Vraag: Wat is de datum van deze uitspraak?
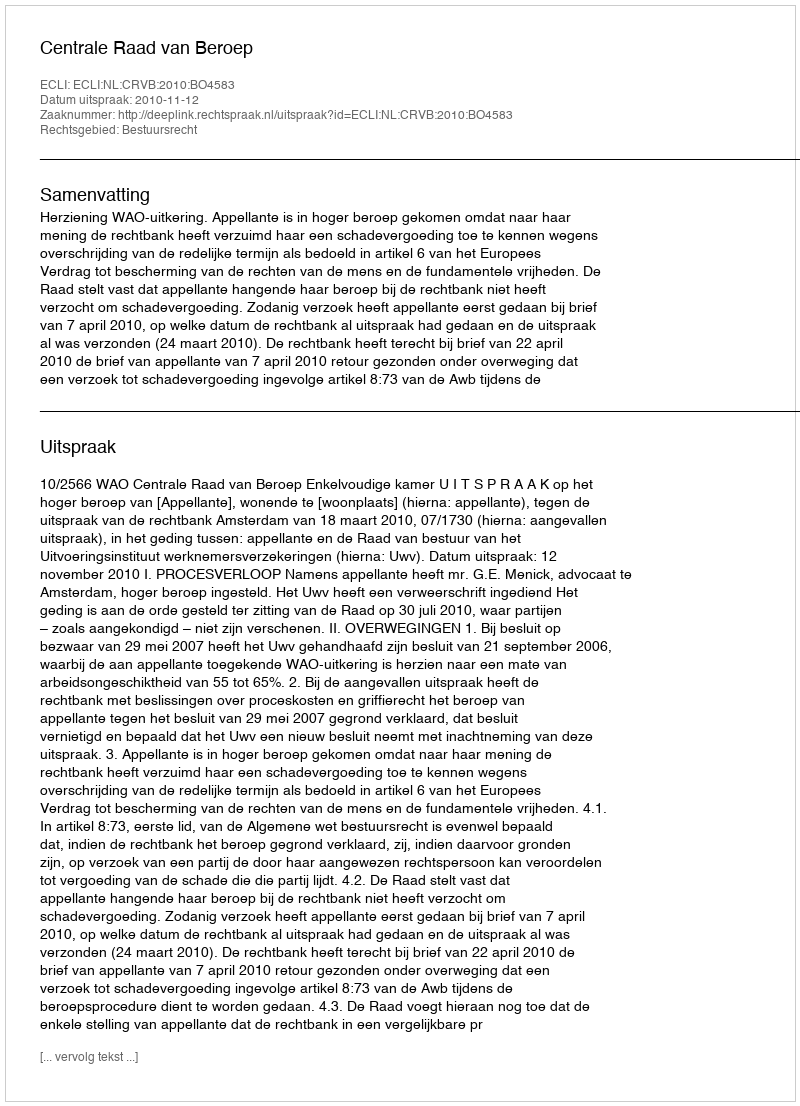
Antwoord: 2010-11-12